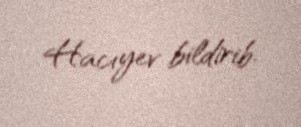
Hacıyev bildirib.